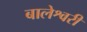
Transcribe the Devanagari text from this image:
बालेश्वरी